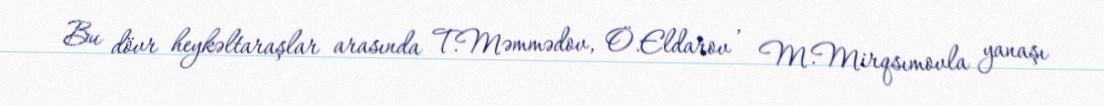
Bu dövr heykəltaraşlar arasında T.Məmmədov, Ö.Eldarov , M.Mirqsımovla yanaşı